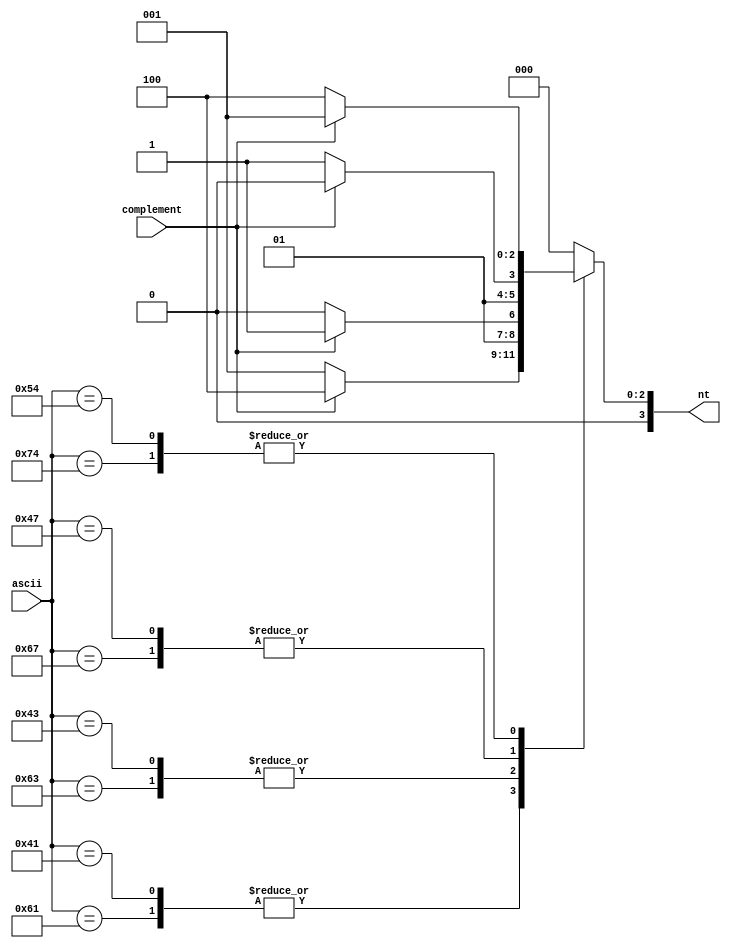
/*
MIT License

Copyright (c) 2018 Yatish Turakhia, Sneha D. Goenka, Gill Bejerano and William Dally

Permission is hereby granted, free of charge, to any person obtaining a copy
of this software and associated documentation files (the "Software"), to deal
in the Software without restriction, including without limitation the rights
to use, copy, modify, merge, publish, distribute, sublicense, and/or sell
copies of the Software, and to permit persons to whom the Software is
furnished to do so, subject to the following conditions:

The above copyright notice and this permission notice shall be included in all
copies or substantial portions of the Software.

THE SOFTWARE IS PROVIDED "AS IS", WITHOUT WARRANTY OF ANY KIND, EXPRESS OR
IMPLIED, INCLUDING BUT NOT LIMITED TO THE WARRANTIES OF MERCHANTABILITY,
FITNESS FOR A PARTICULAR PURPOSE AND NONINFRINGEMENT. IN NO EVENT SHALL THE
AUTHORS OR COPYRIGHT HOLDERS BE LIABLE FOR ANY CLAIM, DAMAGES OR OTHER
LIABILITY, WHETHER IN AN ACTION OF CONTRACT, TORT OR OTHERWISE, ARISING FROM,
OUT OF OR IN CONNECTION WITH THE SOFTWARE OR THE USE OR OTHER DEALINGS IN THE
SOFTWARE.
*/

// Converting ASCII characters to Nucleotide bases
module Ascii2Nt (
    input [7:0] ascii,
    input complement,
    output reg [3:0] nt);

    localparam A=1, C=2, G=3, T=4, N=0;

    always @(*) begin
        case ({ascii})
            8'h61 : nt = (complement) ? T : A; //8h'61 - ASCII for a 
            8'h41 : nt = (complement) ? T : A; //8h'41 - ASCII for A 
            8'h63 : nt = (complement) ? G : C; //8h'63 - ASCII for c 
            8'h43 : nt = (complement) ? G : C; //8h'43 - ASCII for C 
            8'h67 : nt = (complement) ? C : G; //8h'67 - ASCII for g 
            8'h47 : nt = (complement) ? C : G; //8h'47 - ASCII for G 
            8'h74 : nt = (complement) ? A : T; //8h'74 - ASCII for t 
            8'h54 : nt = (complement) ? A : T; //8h'54 - ASCII for T
            8'h6e : nt = N;
            8'h4e : nt = N;
            default : nt = N;
        endcase
    end
endmodule